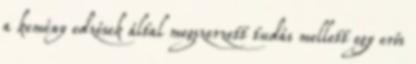
a kemény edzések által megszerzett tudás mellett egy erős